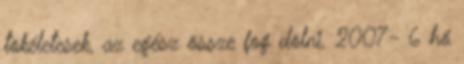
tökéletesek, az egész össze fog dõlni. 2007- 6 hó